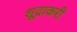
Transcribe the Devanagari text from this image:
शूद्राकरी